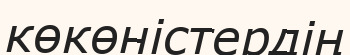
көкөністердің